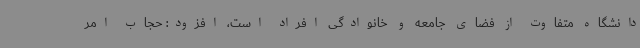
دانشگاه متفاوت از فضای جامعه و خانوادگی افراد است، افزود: حجاب امر